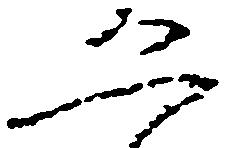
恐